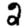
Digit: 2